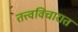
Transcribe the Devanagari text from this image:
तत्त्वविचारात